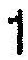
1